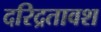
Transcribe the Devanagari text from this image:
दरिद्रतावश